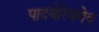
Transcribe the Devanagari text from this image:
पादयोरेवमेव